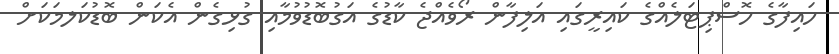
ހައިފާގެ ހޮސްޕިޓަލެއްގެ ކައިރީގައި އަލިފާން ރޯވެއްޖެ ކާޑުގެ އަގުބޮޑުވުމާއި ގުޅިގެން އެކަން ބޮޑުކަލމަކަށް